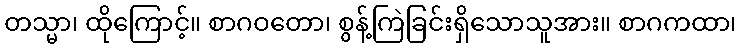
တသ္မာ၊ ထိုကြောင့်။ စာဂဝတော၊ စွန့်ကြဲခြင်းရှိသောသူအား။ စာဂကထာ၊